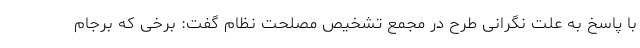
با پاسخ به علت نگرانی طرح در مجمع تشخیص مصلحت نظام گفت: برخی که برجام